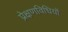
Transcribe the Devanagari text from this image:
प्रेक्षणविधियों